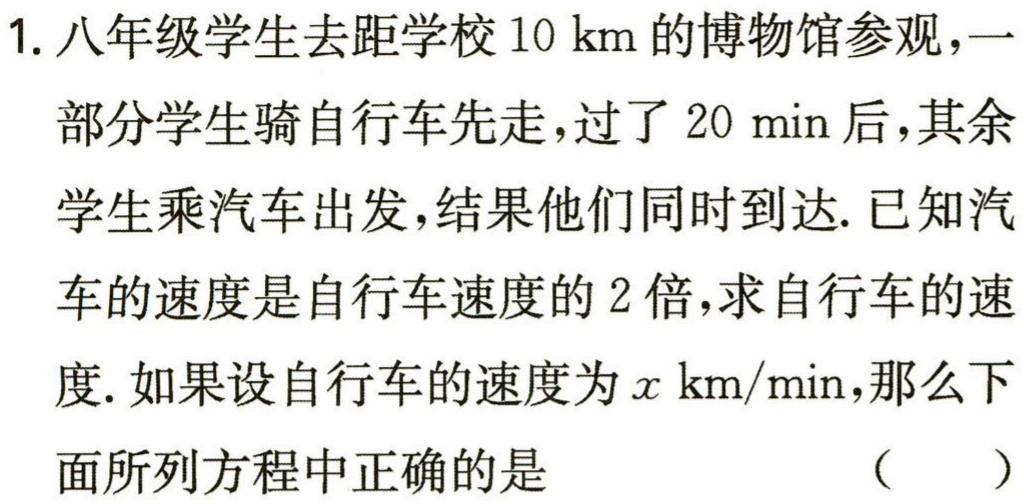
1. 八年级学生去距学校\(10 \text{ km}\)的博物馆参观，一部分学生骑自行车先走，过了\(20 \text{ min}\)后，其余学生乘汽车出发，结果他们同时到达. 已知汽车的速度是自行车速度的\(2\)倍，求自行车的速度. 如果设自行车的速度为\(x \text{ km/min}\)，那么下面所列方程中正确的是 （  ）